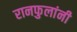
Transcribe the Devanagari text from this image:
रानफुलांनी